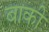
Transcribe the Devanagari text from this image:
बाकीं